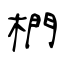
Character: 椚